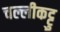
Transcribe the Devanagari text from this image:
चल्लीकट्टु